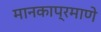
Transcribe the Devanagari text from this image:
मानकाप्रमाणे